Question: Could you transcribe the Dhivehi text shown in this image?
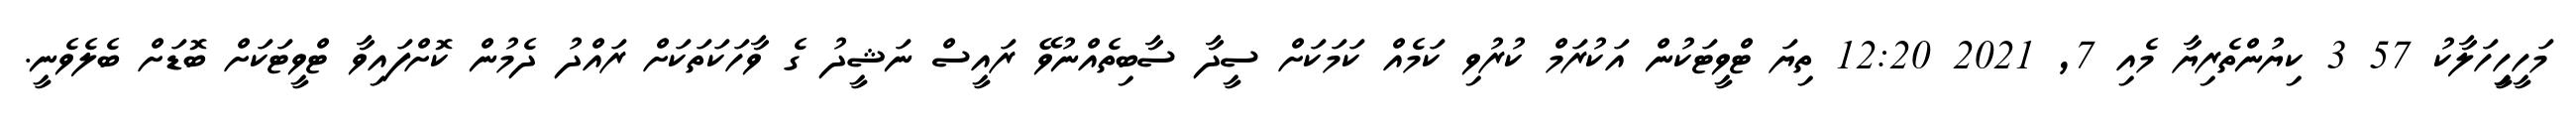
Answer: މަހީހިީހަލާކު 57 3 ކިޔުންތެރިޔާ މެއި 7, 2021 12:20 ތިޔަ ޓްވީޓަކުން އަކުރަމް ކުރުވި ކަމެއް ކަމަކަށް ސީދާ ސާބިތެއްނުވޭ ރައީސް ނަޝީދު ގެ ވާހަކަތަކަށް ރައްދު ދެމުން ކޮށްފައިވާ ޓްވީޓަކަށް ބޮޑަށް ބެލެވެނީ.